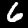
Label: 6